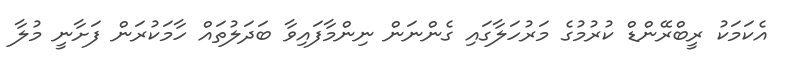
އެކަމަކު ރީބްރޭންޑް ކުރުމުުގެ މަރުހަލާގައި ގެންނަން ނިންމާފައިވާ ބަދަލުތައް ހާމަކުރަން ފަށާނީ މުލާ